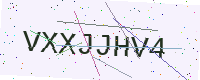
Text: VXXJJHV4